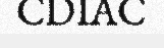
CDIAC